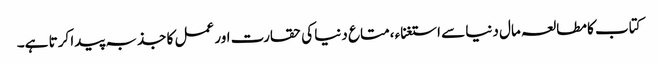
کتاب کا مطالعہ مال دنیا سے استغناء ،متاع دنیا کی حقارت اور عمل کا جذبہ پیدا کرتا ہے۔